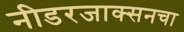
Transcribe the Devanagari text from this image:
नीडरजाक्सनचा